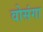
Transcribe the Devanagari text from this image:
वोसंगा